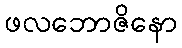
ဖလဘောဇိနော